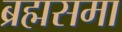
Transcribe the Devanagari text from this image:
ब्रह्मसमा